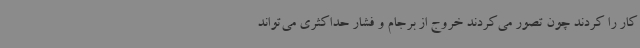
کار را کردند چون تصور می‌کردند خروج از برجام و فشار حداکثری می‌تواند